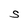
Character: S